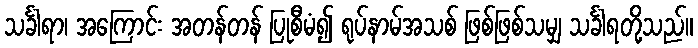
သင်္ခါရာ၊ အကြောင်း အတန်တန် ပြုစီမံ၍ ရုပ်နာမ်အသစ် ဖြစ်ဖြစ်သမျှ သင်္ခါရတို့သည်။